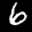
Label: 6